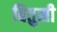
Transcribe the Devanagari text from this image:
बितुसी